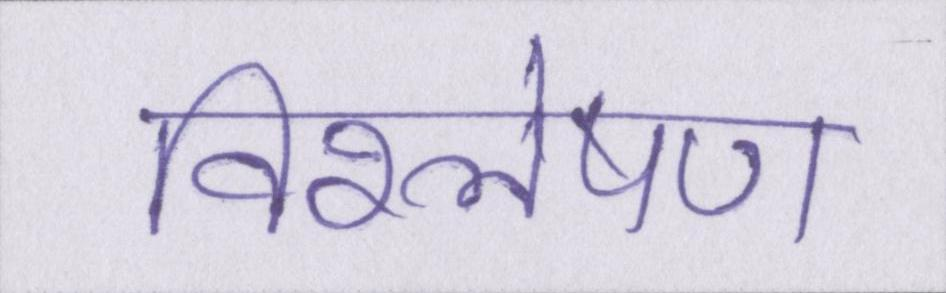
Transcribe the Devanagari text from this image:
विश्लेषण